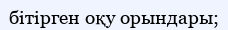
бітірген оқу орындары;